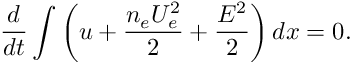
\frac { d } { d t } \int \left( u + \frac { n _ { e } U _ { e } ^ { 2 } } { 2 } + \frac { E ^ { 2 } } { 2 } \right) d x = 0 .